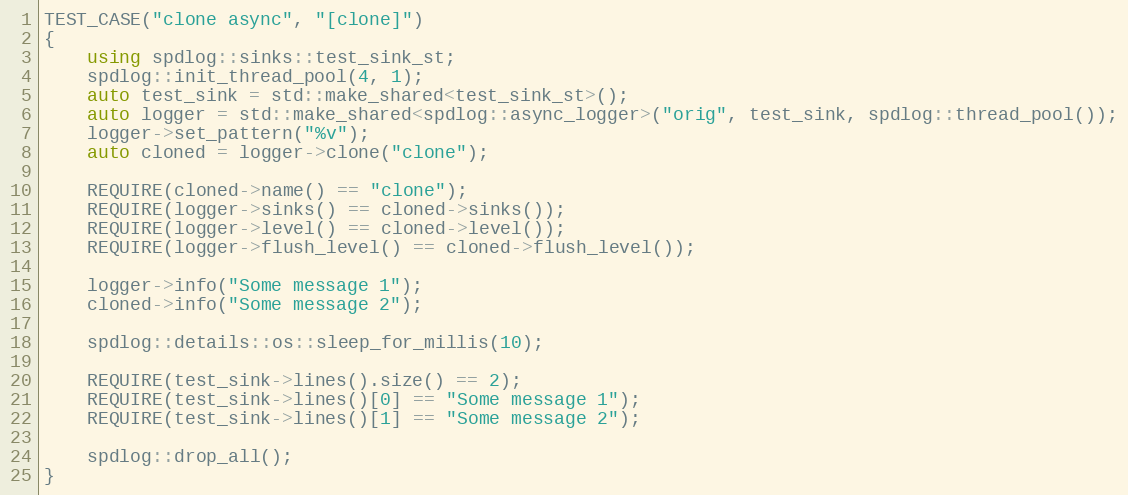
Language: C++
TEST_CASE("clone async", "[clone]")
{
    using spdlog::sinks::test_sink_st;
    spdlog::init_thread_pool(4, 1);
    auto test_sink = std::make_shared<test_sink_st>();
    auto logger = std::make_shared<spdlog::async_logger>("orig", test_sink, spdlog::thread_pool());
    logger->set_pattern("%v");
    auto cloned = logger->clone("clone");

    REQUIRE(cloned->name() == "clone");
    REQUIRE(logger->sinks() == cloned->sinks());
    REQUIRE(logger->level() == cloned->level());
    REQUIRE(logger->flush_level() == cloned->flush_level());

    logger->info("Some message 1");
    cloned->info("Some message 2");

    spdlog::details::os::sleep_for_millis(10);

    REQUIRE(test_sink->lines().size() == 2);
    REQUIRE(test_sink->lines()[0] == "Some message 1");
    REQUIRE(test_sink->lines()[1] == "Some message 2");

    spdlog::drop_all();
}